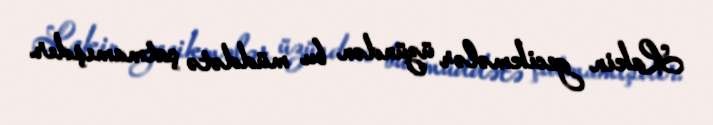
Lakin gecikmələr üzündən bu müddətə çatmamışdır.